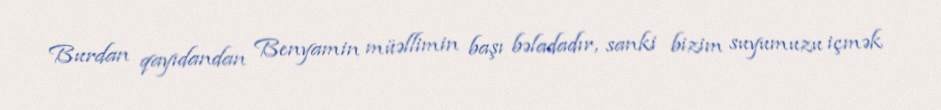
Burdan qayıdandan Benyamin müəllimin başı bəladadır, sanki bizim suyumuzu içmək